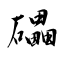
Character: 礧